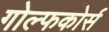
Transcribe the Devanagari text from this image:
गोल्फकोर्स